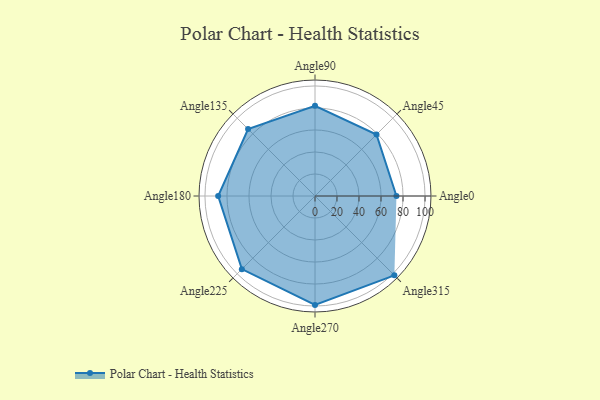
{"axis": {"x": "Angle", "y": "Radius"}, "legend": [""], "data": [{"x": "Angle0", "y": 74.0, "type": ""}, {"x": "Angle45", "y": 79.0, "type": ""}, {"x": "Angle90", "y": 82.0, "type": ""}, {"x": "Angle135", "y": 86.0, "type": ""}, {"x": "Angle180", "y": 88.0, "type": ""}, {"x": "Angle225", "y": 94.0, "type": ""}, {"x": "Angle270", "y": 99.0, "type": ""}, {"x": "Angle315", "y": 102.0, "type": ""}]}